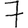
Digit: 7